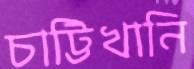
চাট্টিখানি